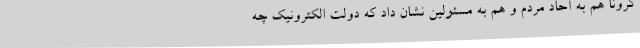
کرونا هم به آحاد مردم و هم به مسئولین نشان داد که دولت الکترونیک چه